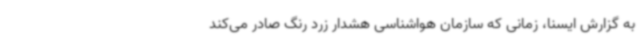
به گزارش ایسنا، زمانی که سازمان هواشناسی هشدار زرد رنگ صادر می‌کند